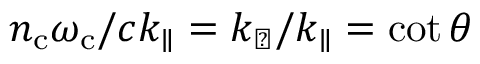
{ n _ { \mathrm { c } } \omega _ { \mathrm { c } } } / { c k _ { \parallel } } = k _ { \perp } / k _ { \parallel } = \cot \theta